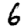
Digit: 6